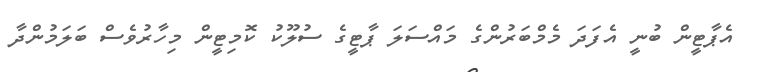
އެޕާޓީން ބުނީ އެފަދަ މެމްބަރުންގެ މައްސަލަ ޕާޓީގެ ސުލޫކު ކޮމިޓީން މިހާރުވެސް ބަލަމުންދާ